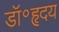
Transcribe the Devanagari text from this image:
डॉ॰हृदय